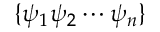
\{ \psi _ { 1 } \psi _ { 2 } \cdots \psi _ { n } \}